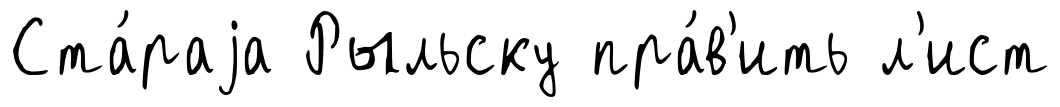
Ста́раjа Рыльску пра́в'ить л'ист